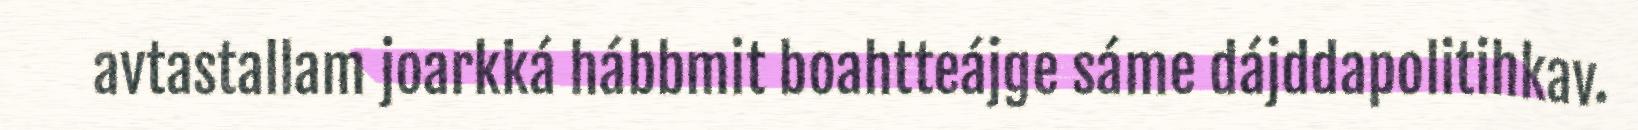
avtastallam joarkká hábbmit boahtteájge sáme dájddapolitihkav.